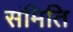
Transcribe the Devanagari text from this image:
संमिति